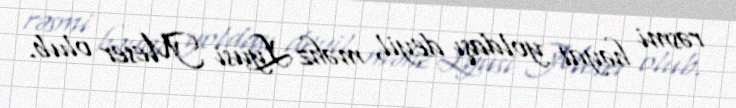
rəsmi həyat yoldaşı deyil, məhz Lyusi Meser olub.